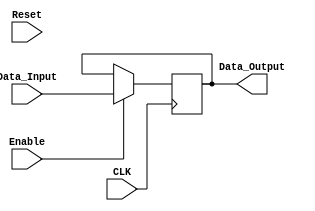
module DFF16(Data_Input, Enable, Reset, CLK, Data_Output);

input [15:0] Data_Input; 
input Enable;
input CLK;
input Reset;

output reg [15:0] Data_Output; 

always @(posedge CLK)
begin
	
	if (Reset)
		Data_Output <= 16'b0;
	
	if (Enable)
		Data_Output <= Data_Input;
	else
		Data_Output <= Data_Output;

end
endmodule